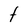
Character: t